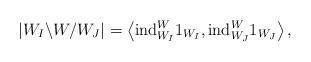
LaTeX: \begin{align*} \left|W_{I}\backslash W / W_{J}\right|= \left\langle \mathrm{ind}_{W_{I}}^{W}1_{W_{I}}, \mathrm{ind}_{W_{J}}^{W}1_{W_{J}} \right\rangle,\end{align*}